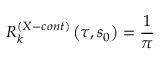
{ \cal R } _ { k } ^ { \left( X - c o n t \right) } \left( \tau , s _ { 0 } \right) = \frac { 1 } { \pi }